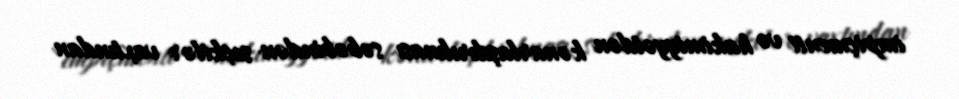
impiçmenti və hakimiyyətdən kənarlaşdırılması səbəbindən seçkilər vaxtından